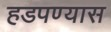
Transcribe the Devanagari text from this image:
हडपण्यास